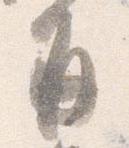
并